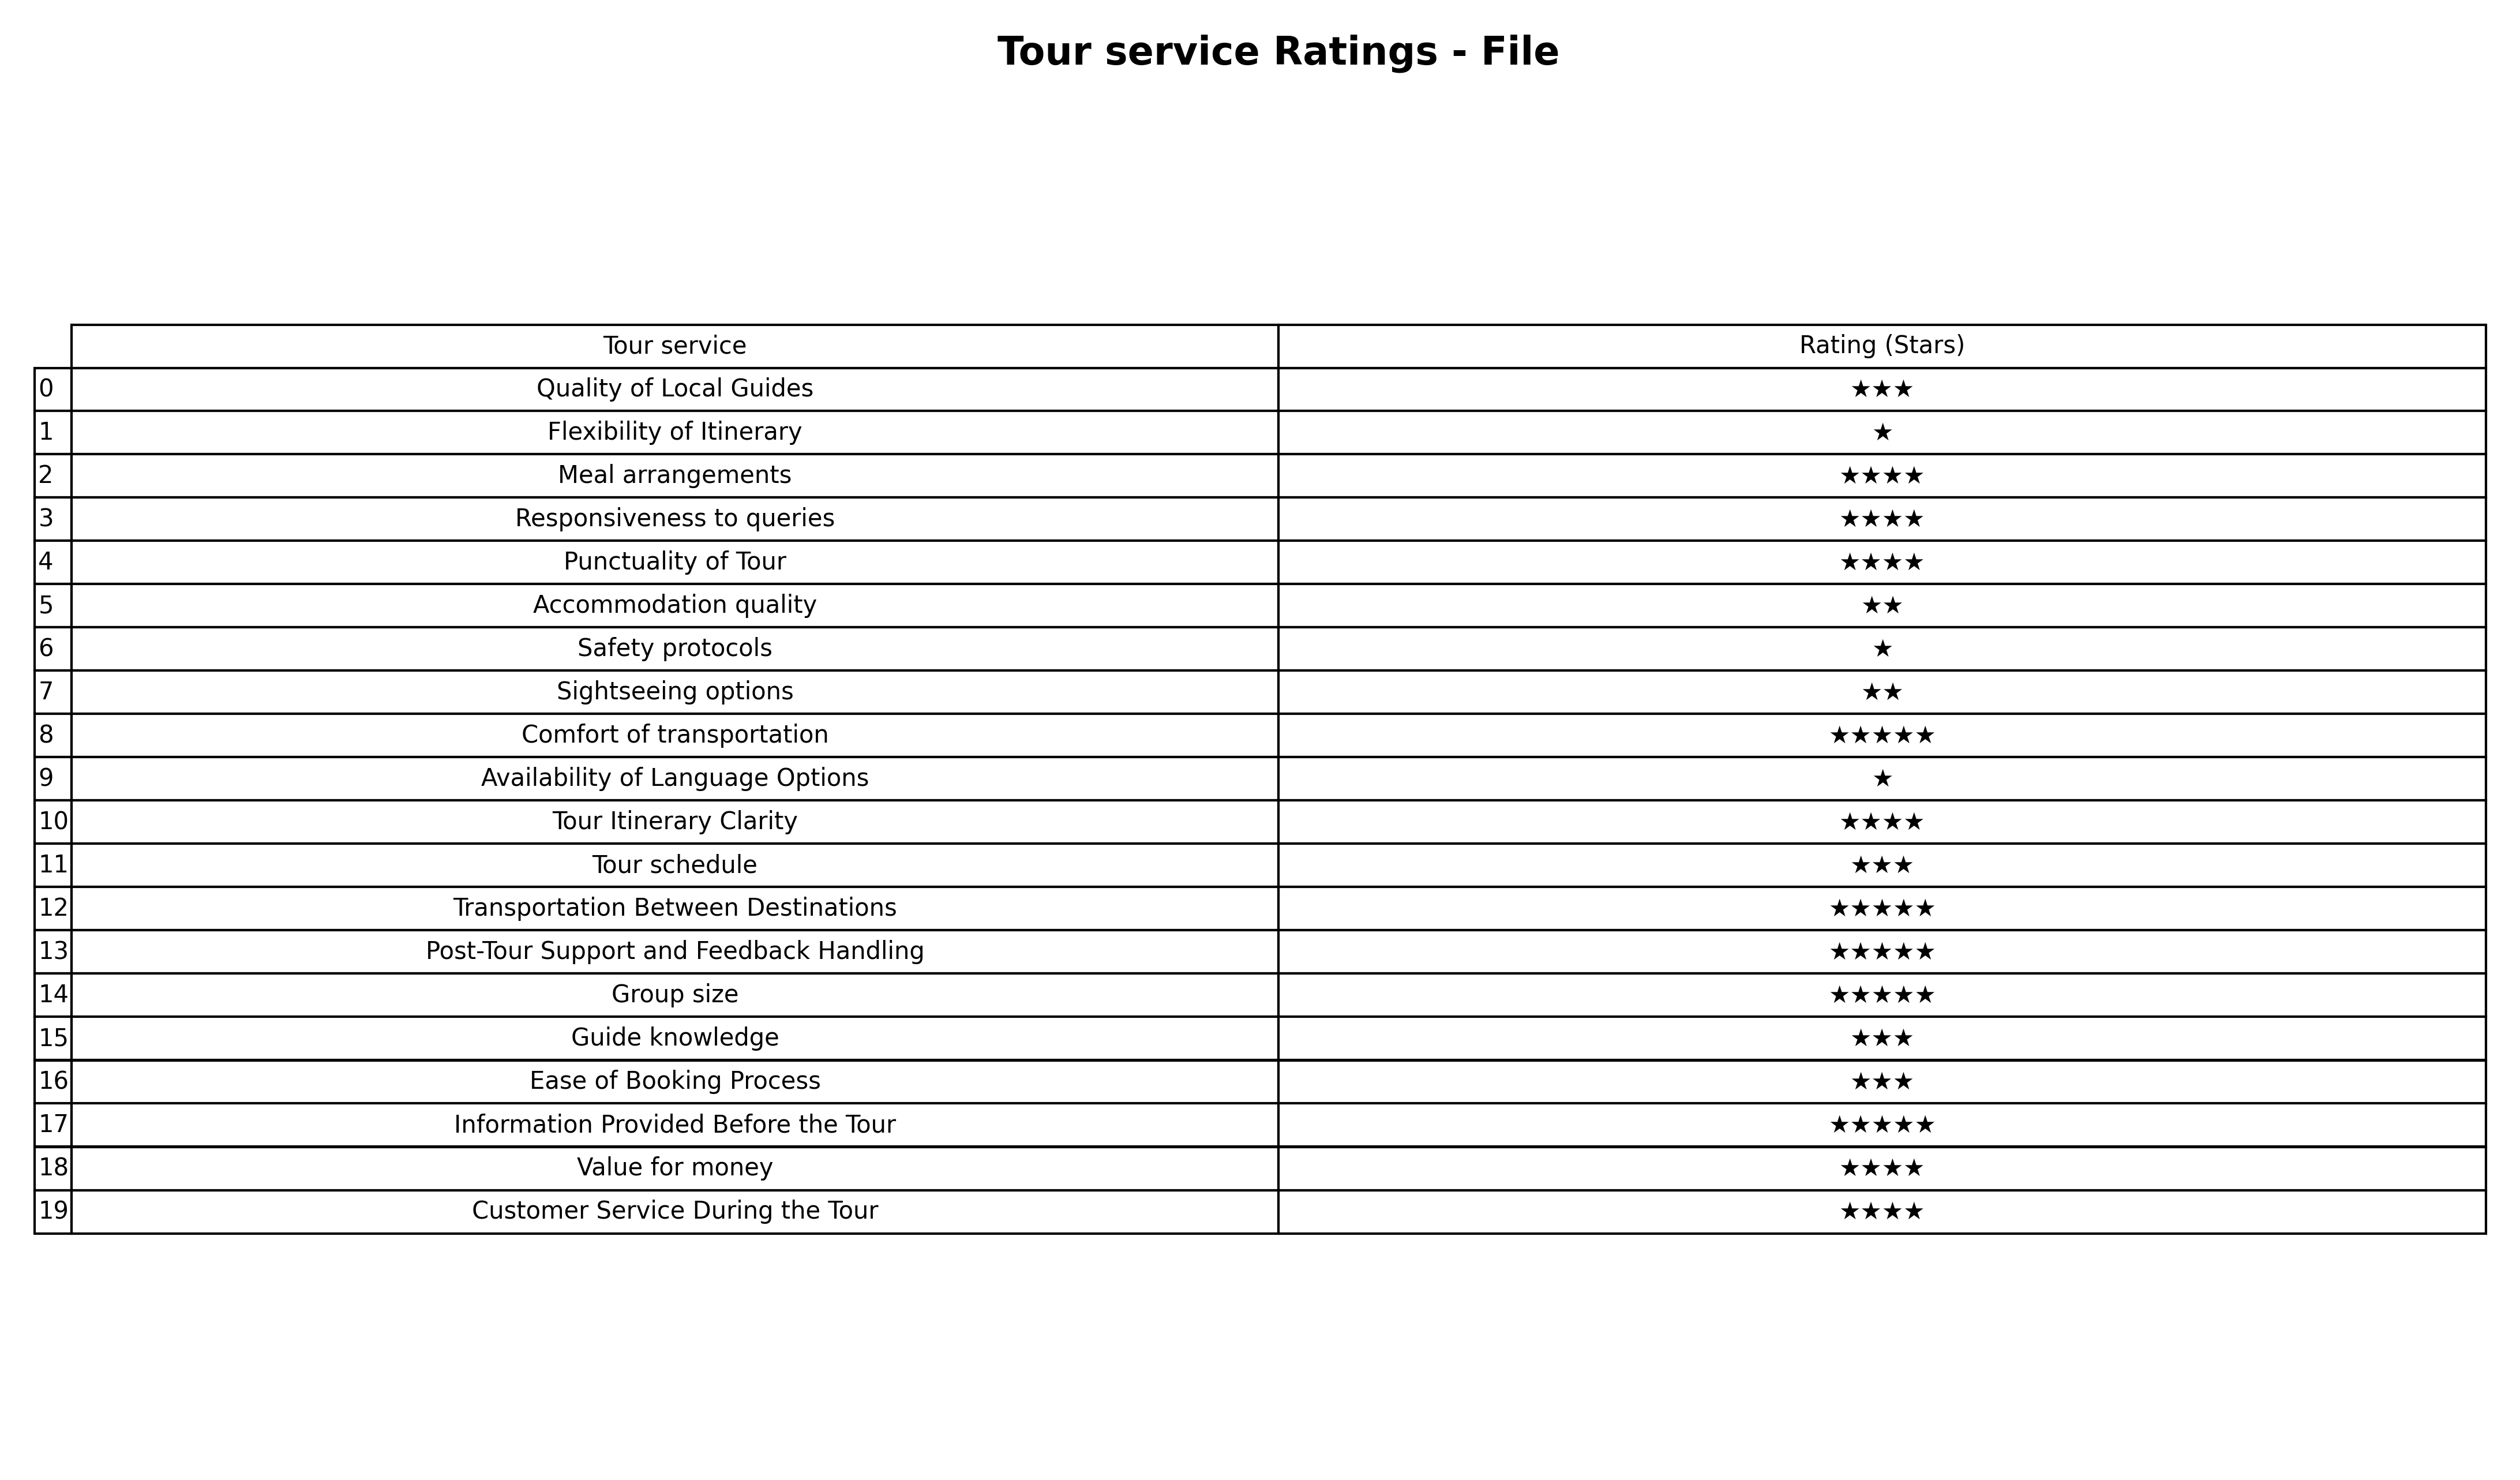
question: What is the rating of Customer Service During the Tour?
answer: ★★★★